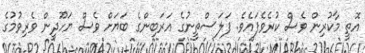
އޮތީ މާކުރިން ވެސް ކުރެވެފައެވެ. ފަލަސްތީނުގެ އަރަބިންގެ ބަޔަށް ވެސް ޔަހޫދީން ވެރިވުމުގެ